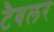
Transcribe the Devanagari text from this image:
टैबलर